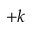
+ k